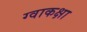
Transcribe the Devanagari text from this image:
ग्वाकक्षा